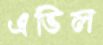
এভিল